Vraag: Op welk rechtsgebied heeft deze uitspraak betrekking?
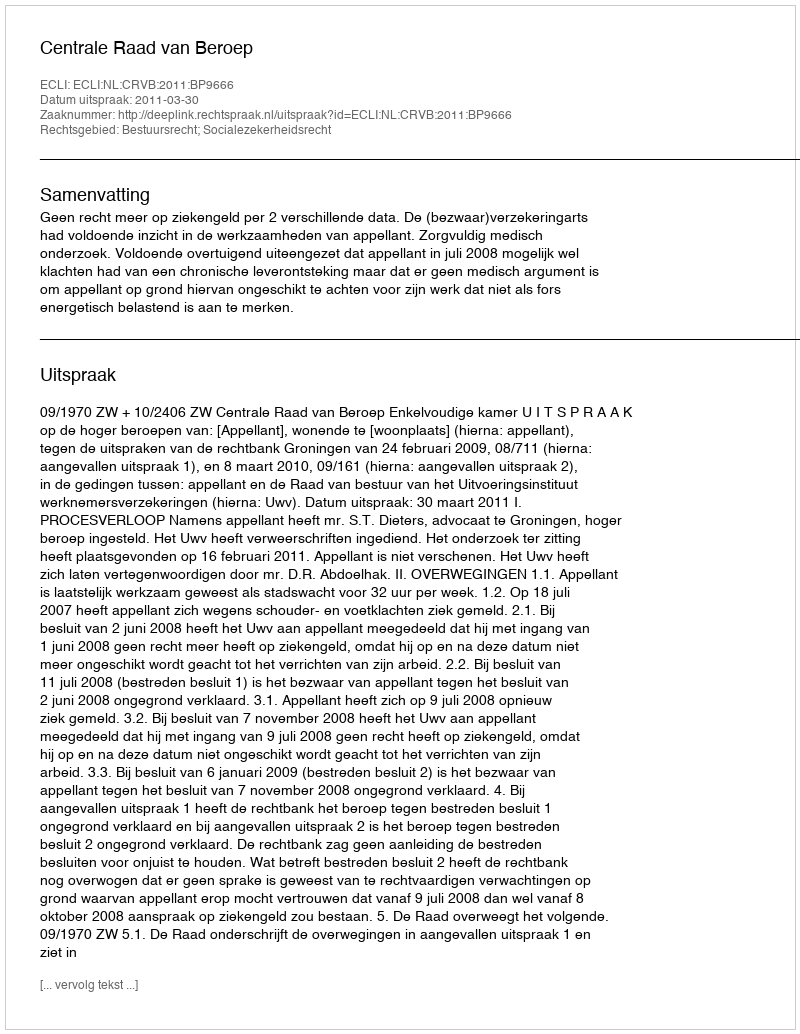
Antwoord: Bestuursrecht; Socialezekerheidsrecht